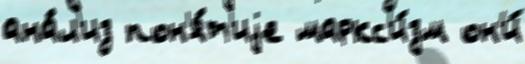
ана́л'из пон'я́т'иjе маркс'и́зм он'и́